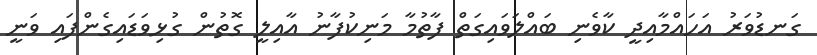
ގަނޑުވަރު އަހައްމާއިދީ ކާވެނި ބައްލަވައިގަތް ފާތުމާ މަނިކުފާނު އާއިލީ ގޮތުން ގުޅިވަޑައިގެންފައި ވަނީ